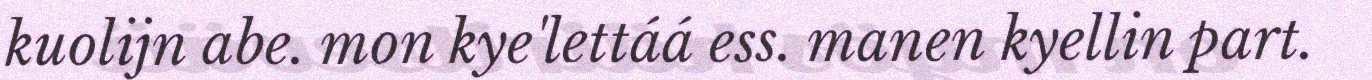
kuolijn abe. mon kye'lettáá ess. manen kyellin part.